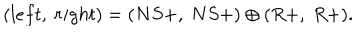
( l e f t , \ r i g h t ) = ( N S + , \ N S + ) \oplus ( R + , \ R + ) .